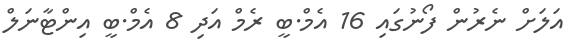
އަލަށް ނެރުން ފޯނުގައި 16 އެމް.ބީ ރެމް އަދި 8 އެމް.ބީ އިންޓާނަލް